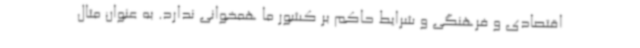
اقتصادی و فرهنگی و شرایط حاکم بر کشور ما همخوانی ندارد. به عنوان مثال